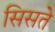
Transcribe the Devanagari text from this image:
सिसते